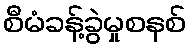
စီမံခန့်ခွဲမှုစနစ်